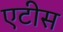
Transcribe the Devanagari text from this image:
एटीस